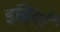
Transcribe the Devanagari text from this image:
इद्रियाँ